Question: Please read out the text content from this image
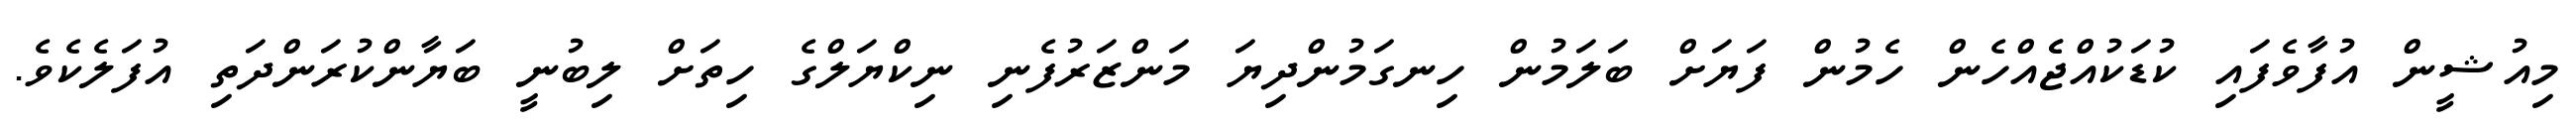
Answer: މިއުޝީން އުފާވެފައި ކުޑަކުއްޖެެއްހެން ހެމުން ފަޔަށް ބަލަމުން ހިނގަމުންދިޔަ މަންޒަރުފެނި ނިކްޔަލްގެ ހިތަށް ލިބުނީ ބަޔާންކުރަންދަތި އުފަލެކެވެ.